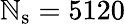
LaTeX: \mathbb{N}_{\mathrm{{s}}}=5120